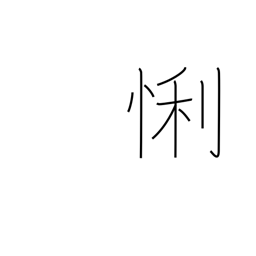
Meaning: clever